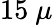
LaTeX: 15~\mu